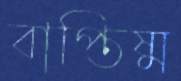
বাপ্তিষ্ম